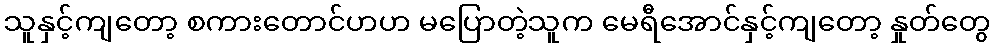
သူနှင့်ကျတော့ စကားတောင်ဟဟ မပြောတဲ့သူက မေရီအောင်နှင့်ကျတော့ နှုတ်တွေ